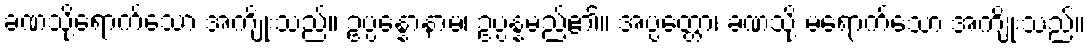
ခဏသို့ရောက်သော အကျိုးသည်။ ဥပ္ပန္နောနာမ၊ ဥပ္ပန္နမည်၏။ အပ္ပတ္တော၊ ခဏသို့ မရောက်သော အကျိုးသည်။